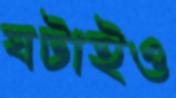
ঘটাইও